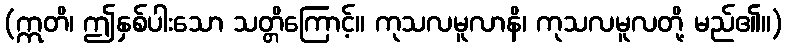
(ဣတိ၊ ဤနှစ်ပါးသော သတ္တိကြောင့်။ ကုသလမူလာနိ၊ ကုသလမူလတို့ မည်၏။)